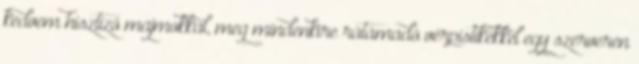
kedvem hisztiző majmokkal, meg mindenkire rátámadó vérpistikékkel egy szerveren